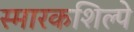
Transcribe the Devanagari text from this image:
स्मारकशिल्पे